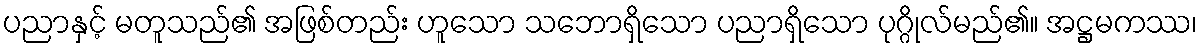
ပညာနှင့် မတူသည်၏ အဖြစ်တည်း ဟူသော သဘောရှိသော ပညာရှိသော ပုဂ္ဂိုလ်မည်၏။ အဋ္ဌမကဿ၊